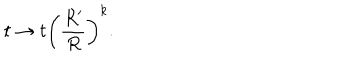
t \rightarrow t \left( \frac { R ^ { \prime } } { R } \right) ^ { k } .